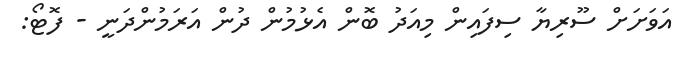
އަވަށަށް ސޫރިޔާ ސިފައިން މިއަދު ބޮން އެޅުމުން ދުން އަރަމުންދަނީ - ފޮޓޯ: